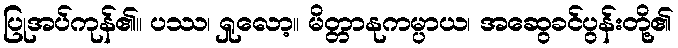
ပြုအပ်ကုန်၏။ ပဿ၊ ရှုလော့။ မိတ္တာနုကမ္ပာယ၊ အဆွေခင်ပွန်းတို့၏